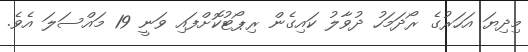
މިދިޔަ އަހަރުގެ ރޯދަމަހު ދުވާލު ކައިގެން ރިޕޯޓުކޮށްފައި ވަނީ 19 މައްސަލަ އެވެ.